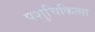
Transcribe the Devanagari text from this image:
पशुचिकित्‍सा